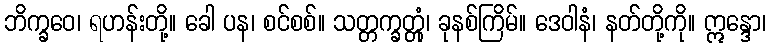
ဘိက္ခဝေ၊ ရဟန်းတို့။ ခေါ ပန၊ စင်စစ်။ သတ္တက္ခတ္တုံ၊ ခုနစ်ကြိမ်။ ဒေဝါနံ၊ နတ်တို့ကို။ ဣန္ဒော၊